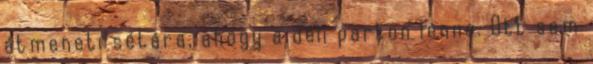
átmeneti sétára, ahogy a déli parton lenne. Ott sem